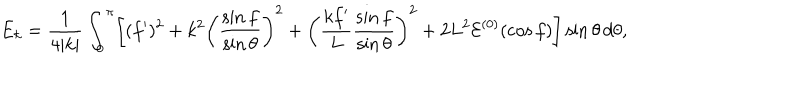
E _ { k } = \frac { 1 } { 4 | k | } \int _ { 0 } ^ { \pi } \biggl [ ( f ^ { \prime } ) ^ { 2 } + k ^ { 2 } \biggl ( \frac { \sin f } { \sin \theta } \biggr ) ^ { 2 } + \biggl ( \frac { k f ^ { \prime } } { L } \frac { \sin f } { \sin \theta } \biggr ) ^ { 2 } + 2 L ^ { 2 } { \cal E } ^ { ( 0 ) } ( \cos f ) \biggr ] \sin \theta \, d \theta ,